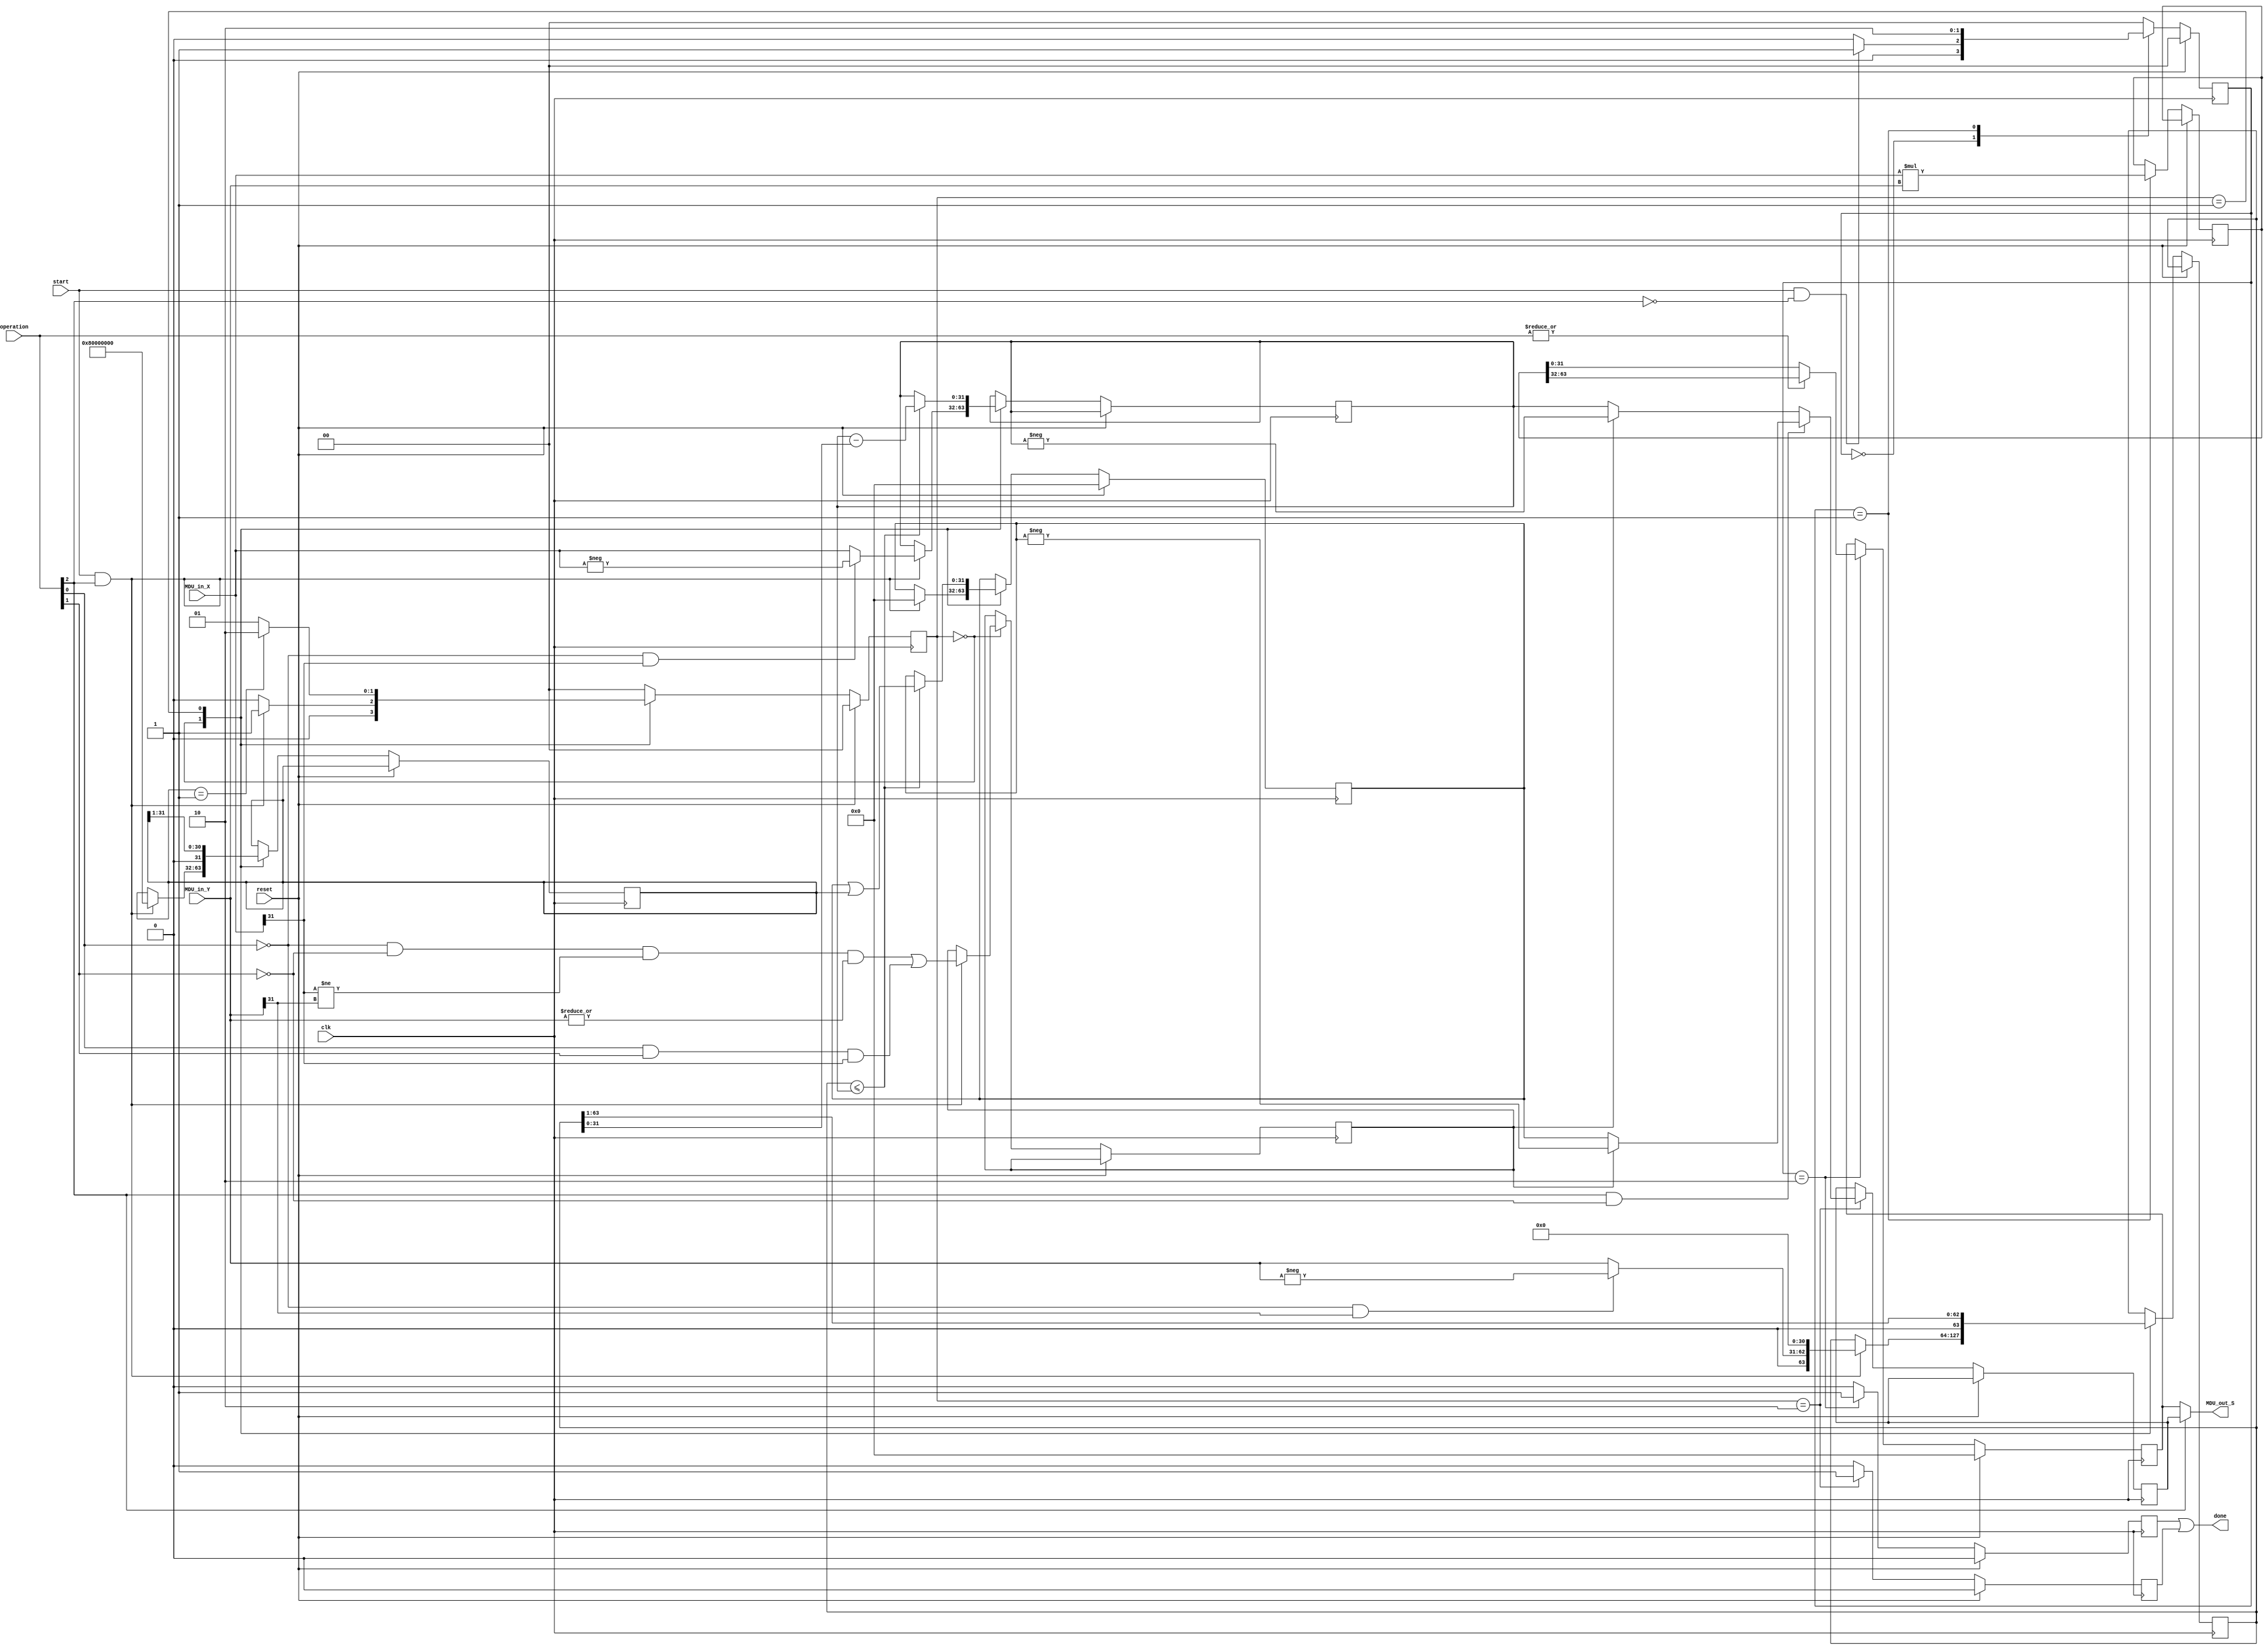
module MDU (
    input wire clk,
    input wire reset,
    input wire start,
    output wire done,
    input wire [2:0] operation,
    input wire [31:0] MDU_in_X,
    input wire [31:0] MDU_in_Y,
    output wire [31:0] MDU_out_S
);


localparam MUL             = 3'b000;
localparam MULH            = 3'b001;
localparam MULHSU          = 3'b010;
localparam MULHU           = 3'b011;
localparam DIV             = 3'b100;
localparam DIVU            = 3'b101;
localparam REM             = 3'b110;
localparam REMU            = 3'b111;

localparam IDLE    = 2'b00;
localparam OPERATE = 2'b01;
localparam FINISH  = 2'b10;

reg mul_done, div_done;
reg [1:0] state_mul, state_div;

reg [31:0] Data_X, Data_Y, MUL_RD;
reg [63:0] acumulador;

reg negativo;
reg [31:0] dividendo, quociente, quociente_msk, DIV_RD;
reg [63:0] divisor;

initial begin
    state_mul = 2'b00;
    state_div = 2'b00;
    acumulador = 0;
    Data_X = 0;
    Data_Y = 0;
    MUL_RD = 0;
end

always @(posedge clk) begin
    mul_done <= 1'b0;
    if(reset == 1'b1) begin
        Data_X <= 0;
        Data_Y <= 0;
        MUL_RD <= 0;
        state_mul <= IDLE;
    end else begin
        case (state_mul)
            IDLE: begin
                if(start & !operation[2]) begin
                    state_mul <= OPERATE;
                    if(operation[1]) begin
                        Data_X <= (operation[0]) ? $unsigned(MDU_in_X) : $signed(MDU_in_X);
                        Data_Y <= $unsigned(MDU_in_Y);
                    end else begin
                        Data_X <= $signed(MDU_in_X);
                        Data_Y <= $signed(MDU_in_Y);
                    end
                end else begin
                    state_mul <= IDLE;
                end
            end 
            OPERATE: begin
                acumulador <= $signed(MDU_in_X)*$signed(MDU_in_Y);
                state_mul <= FINISH;
            end

            FINISH: begin
                state_mul <= IDLE;
                MUL_RD <= (|operation) ? acumulador[63:32] : acumulador[31:0];
                mul_done <= 1'b1;
            end
            default: state_mul <= IDLE;
        endcase
    end
end

always @(posedge clk) begin
    div_done <= 1'b0;
    if(reset == 1'b1) begin
        state_div <= IDLE;
        quociente <= 32'h00000000;
    end else begin
        case (state_div)
            IDLE: begin
                if(start & operation[2]) begin // se não for multiplicação
                    dividendo <= (!operation[0] & MDU_in_X[31]) ? -MDU_in_X : MDU_in_X;
                    divisor <= {(!operation[0] & MDU_in_Y[31]) ? -MDU_in_Y : MDU_in_Y, 31'h00000000};
                    negativo <= (!operation[0] & !operation[1] & (MDU_in_X[31] != MDU_in_Y[31]) & 
                                (|MDU_in_Y)) | (operation[0] & operation[1] & MDU_in_X[31]);
                    quociente_msk <= 32'h80000000;
                    quociente <= 32'h00000000;
                    state_div <= OPERATE;
                end else begin
                    state_div <= IDLE;
                end
            end
            OPERATE: begin
                if(quociente_msk == 32'h00000001) begin
                    state_div <= FINISH;
                end else begin
                    state_div <= OPERATE;
                end

                if(divisor <= dividendo) begin
                    dividendo <= dividendo - divisor;
                    quociente <= quociente | quociente_msk;
                end

                divisor <= divisor >> 1;
                quociente_msk <= quociente_msk >> 1;
            end

            FINISH: begin
                div_done <= 1'b1;
                if(operation[2] & !operation[1]) begin
                    DIV_RD <= (negativo) ? -quociente : quociente;
                end else begin
                    DIV_RD <= (negativo) ? -dividendo : dividendo;
                end
                state_div <= IDLE;
            end
            default: state_div <= IDLE;
        endcase
    end
end

assign done = mul_done | div_done;
assign MDU_out_S = (operation[2] == 1'b0) ? MUL_RD : DIV_RD;

endmodule